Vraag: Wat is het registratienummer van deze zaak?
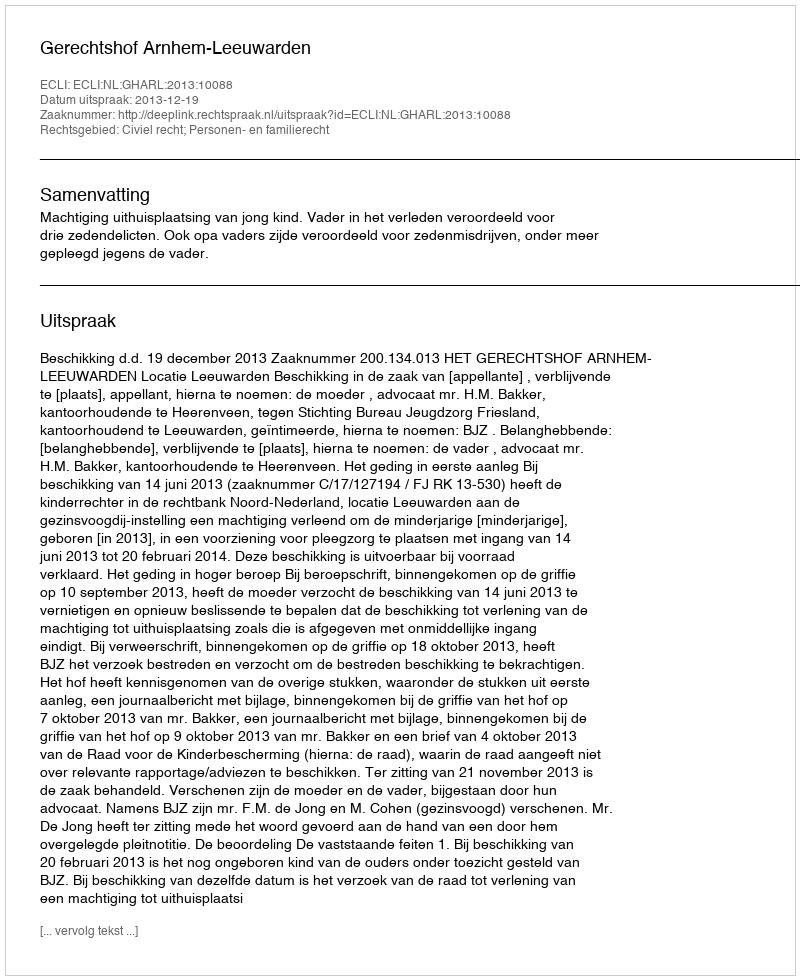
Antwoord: http://deeplink.rechtspraak.nl/uitspraak?id=ECLI:NL:GHARL:2013:10088